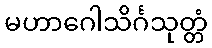
မဟာဂေါသိင်္ဂသုတ္တံ